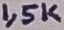
Text: 1,5K